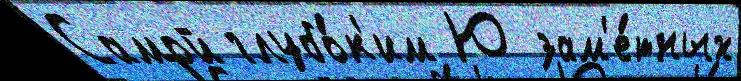
Самой глубо́к'им Ю зам'е́тных